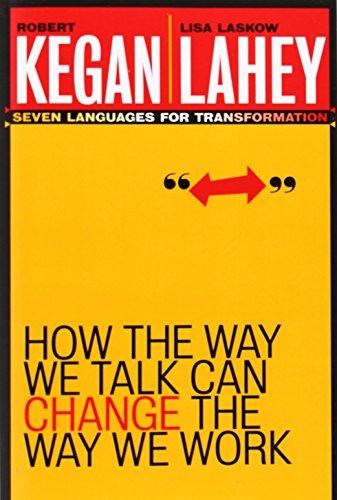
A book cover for How the Way We Talk Can Change the Way We Work: Seven Languages for Transformation; Robert Kegan; Medical Books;